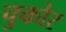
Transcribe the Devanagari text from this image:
चुकोर